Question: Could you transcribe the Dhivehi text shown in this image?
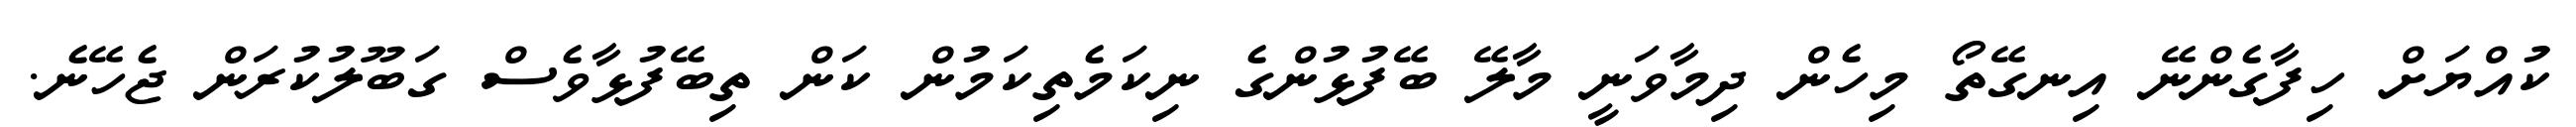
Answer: ކުއްޔަށް ހިފާގެންނޭ އިނގޭތޯ މިހެން ދިމާވަނީ މާލޭ ބޭފުޅުންގެ ނިކަމެތިކަމުން ކަން ތިބޭފުޅާވެސް ގަބޫލުކުރަން ޖެހޭނެ.